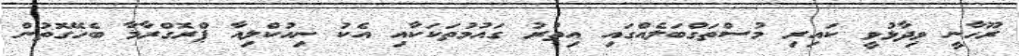
ރޫހާނީ ވިދާޅުވީ ކައިރި މުސްތަގްބަލެއްގައި އިތުރު ގައުމުތަކަކާއި އެކު ނިއުކްލިއާ ޕްރޮގްރާމާ ބެހޭގޮތުން